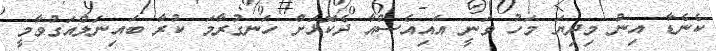
ކެނެޑާ އިން މިދިޔަ މަހު ވަނީ އައިއެސްއާ ދެކޮޅަށް ހަނގުރާމަ ކުރާ ބައިނަލްއަގުވާމީ